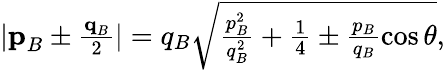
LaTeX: \begin{array}{r}{\lvert\textbf{p}_{B}\pm\frac{\textbf{q}_{B}}{2}\rvert=q_{B}\sqrt{\frac{p_{B}^{2}}{q_{B}^{2}}+\frac{1}{4}\pm\frac{p_{B}}{q_{B}}\cos\theta},}\end{array}